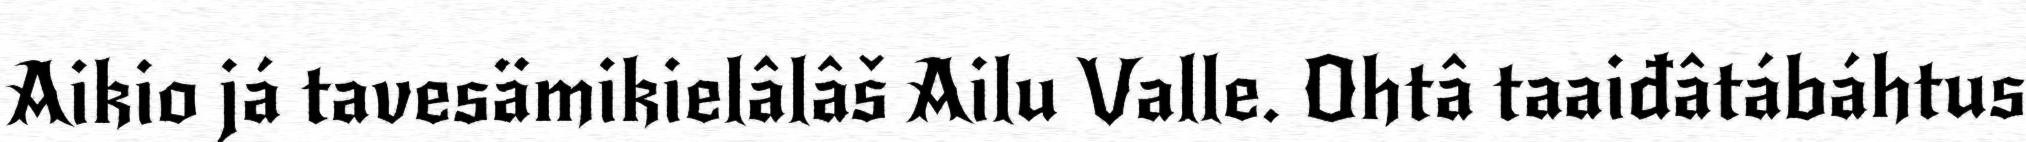
Aikio já tavesämikielâlâš Ailu Valle. Ohtâ taaiđâtábáhtus